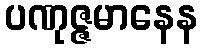
ပဏုဇ္ဇမာနေန